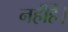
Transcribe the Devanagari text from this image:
नहींहैं।